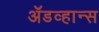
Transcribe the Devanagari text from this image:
ॲडव्हान्स